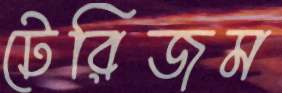
টেরিজম